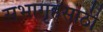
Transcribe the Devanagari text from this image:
सभागृहसाठी